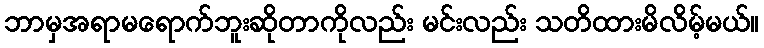
ဘာမှအရာမရောက်ဘူးဆိုတာကိုလည်း မင်းလည်း သတိထားမိလိမ့်မယ်။